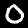
Digit: 0